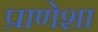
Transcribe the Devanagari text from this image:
प्राणेशा